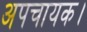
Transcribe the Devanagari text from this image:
अपचायक।